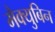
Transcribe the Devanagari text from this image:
मैक्युबिन